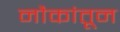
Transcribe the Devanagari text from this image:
नौकांतून